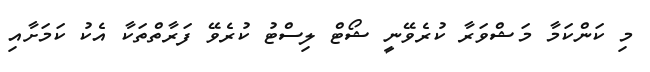
މި ކަންކަމާ މަޝްވަރާ ކުރެވޭނީ ޝޯޓް ލިސްޓު ކުރެވޭ ފަރާތްތަކާ އެކު ކަމަށާއި